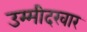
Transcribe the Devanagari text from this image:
उम्मीदरवार